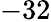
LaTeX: -32